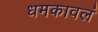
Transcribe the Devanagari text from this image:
धमकावलं